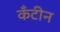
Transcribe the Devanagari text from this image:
कँटीन